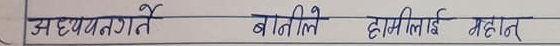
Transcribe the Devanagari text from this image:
अध्ययनगते बातिलले हामीलाई महान